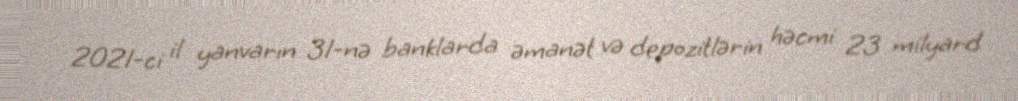
2021-ci il yanvarın 31-nə banklarda əmanət və depozitlərin həcmi 23 milyard